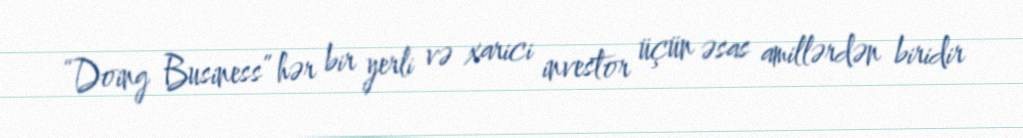
“Doing Business” hər bir yerli və xarici investor üçün əsas amillərdən biridir